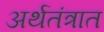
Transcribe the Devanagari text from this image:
अर्थतंत्रात